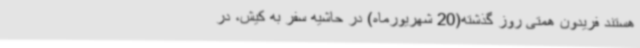
هستند فریدون همتی روز گذشته(20 شهریورماه) در حاشیه سفر به کیش، در